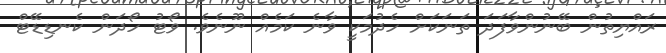
ރައްޔިތުން ބޭނުންވާފަދަ ތަނަކަށް ހެދުމަކީ ވާނެ ކަމެއް ނޫނެވެ. ވޯޓު ހޯދަން ކެނޑިޑޭޓް